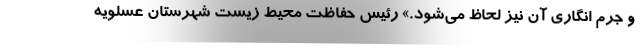
و جرم انگاری آن نیز لحاظ می‌شود.» رئیس حفاظت محیط زیست شهرستان عسلویه